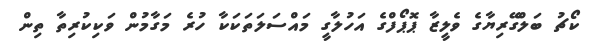
ކޯޗު ބަލްގޭރިޔާގެ ވެލީޒާ ޕޮޕޯފްގެ އަހުލާގީ މައްސަލަތަކަކާ ހުރެ މަގާމުން ވަކިކުރިތާ ތިން